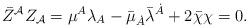
LaTeX: \begin{align*}\bar Z^{\cal A}Z_{\cal A}=\mu^A\lambda_A-\bar\mu_{\dot A}\bar\lambda^{\dot A}+2\bar\chi\chi =0.\end{align*}